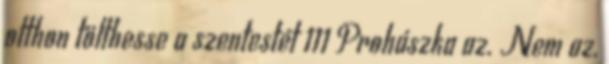
otthon tölthesse a szentestét 111 Prohászka az. Nem az,